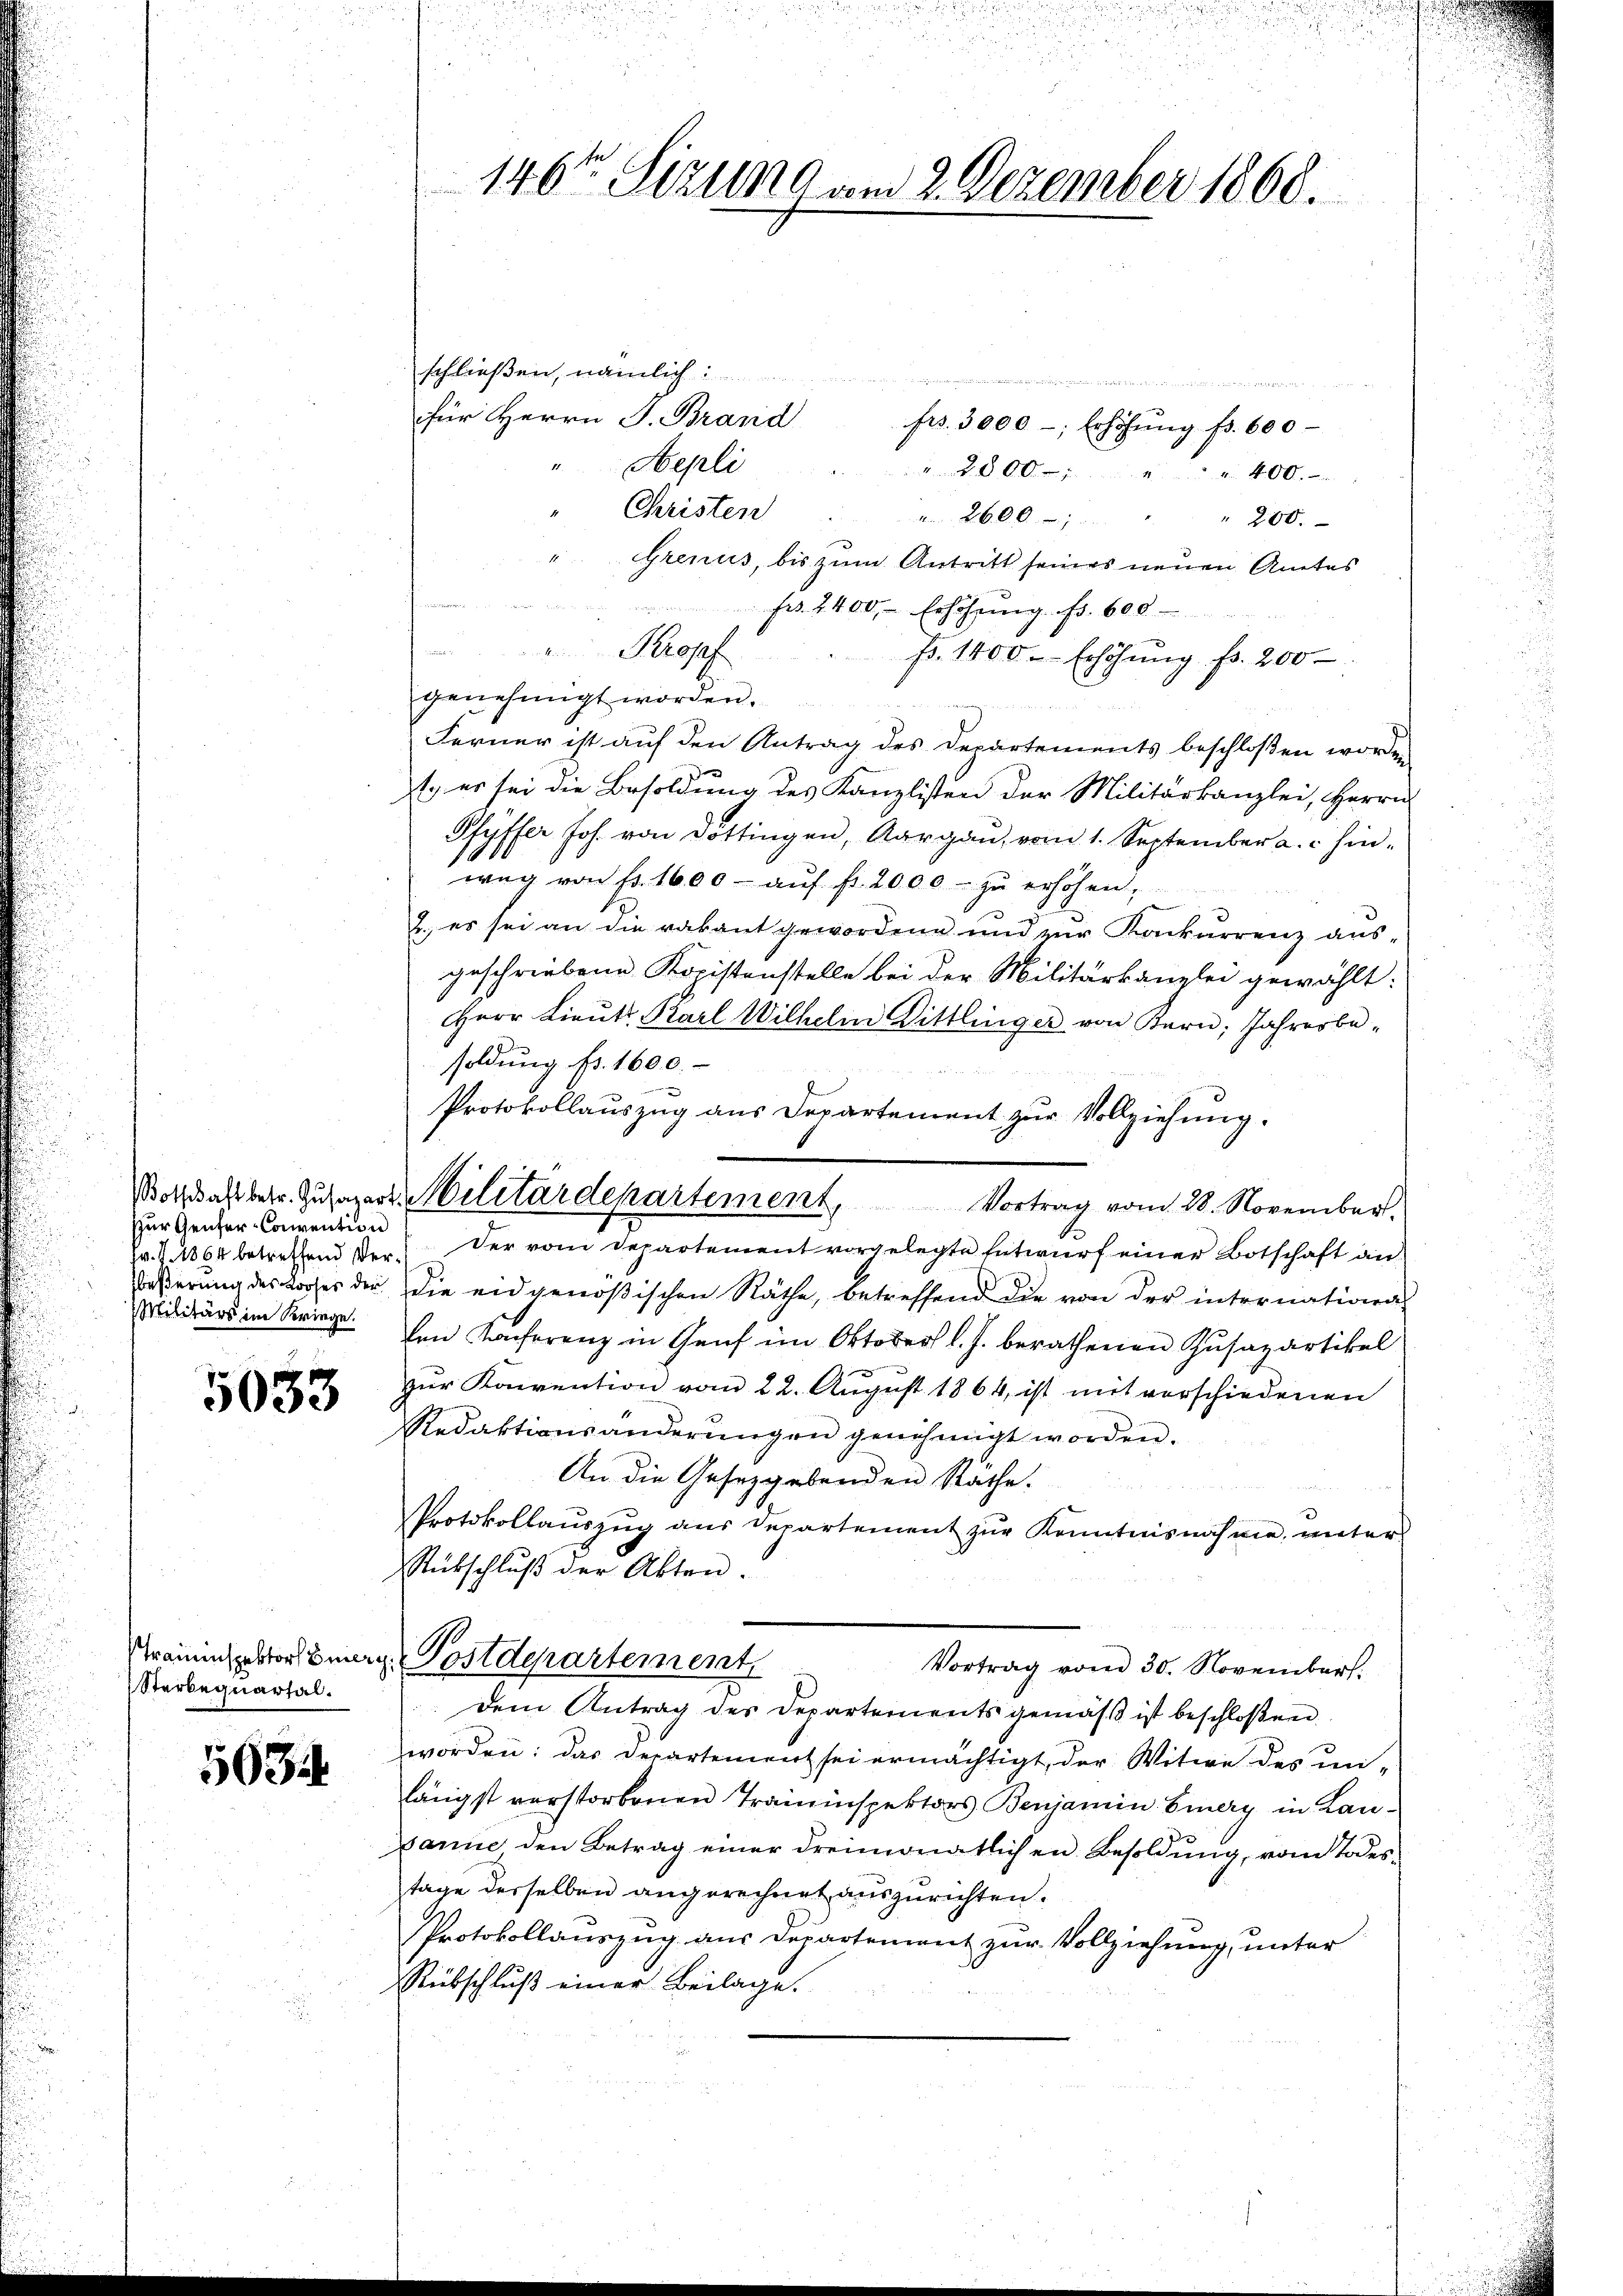
Zur Genfer-Convention
Militärs im Kriege.

5033

Sterbequartal.

5634

schließen, nämlich
5
 egen ein
x
für Herrn J. Brand frs. 3000-; Erhöhŭng fr. 600
"Nepli  ..  ..  .. . . . 2800 " " " 400.
Christen " 2600 " " 200.
"Grenus, bis zum Antritt seines neuen Amtes
 Fr. 400 Erhöhnung. Fr. 600.
Ptropf
Fr. 1400. Erhöhung fr. 200
genehmigt worden.
Ferner ist auf den Antrag des Departements beschloßen worden
1. es sei die Besoldung des Kanzlisten der Militärkanzlei, Herrn
Phütter Joh. von Döttingen, Aargau, vom 1. September a. hin¬
1900
weg von Fr. 1600- aŭf fr. 2000 zŭ erhöhen,
2., es sei an die vakant gewordene und zur Konkurrenz ausgeschriebene Kopistenstelle bei der Militärkanzlei gewählt:
Herr Lieut. Karl Wilhelm Dittlinger von Kern, Jahresbesoldung fr. 1600.
Protokollauszug aus Departement zur Vollziehung.
w. S. 1864 betreffend der der vom Departement vorgelegte Entwurf einer Botschaft an
Päßerung des Looses der die eidgenößischen Räthe, betreffend die von der internationa
den Konferenz in Genf im Oktober l. J. berathenen Zusapartikel
zŭr Konvention vom 22. August 1864, ist mit vorschiedenen
Redaktionsänderungen genehmigt worden.
An die Gesetzgebenden Rathe.
Protokollauszug aus Departement zur Kenntnisnahme, meter
Rückschluß der Akten.
Grauenspektor Berg Postdepartement
Vortrag vom 30. November.
dem Antrag des Departements gemäß ist beschloßen.
worden: das Departement sei ermächtigt, der Witwe des unlängst verstorbenen Traminspektors Benjamin Einery in Lanpanne den Betrag einer dreimonatlichen Besoldung, vom Todestage desselben angerechnet auszurichten.
Protokollauszug aus Departement zur Vollziehung, unter
Rübschluß einer Beilage.

146ten Sizung am 2. Dezember 1860.

otzafbetr. Zusager Militärdepartement, Vortrag vom 28. November.